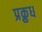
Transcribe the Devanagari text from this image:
प्रक्रुध